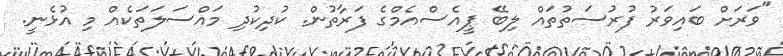
"ވަރަށް ބައިވަރު ފުރުސަތުތައް ލިބޭ ޕީއެސްއެމްގެ ފަރާތުން. ކުދިކުދި މައްސަލަތަކެއް މި އުޅެނީ.